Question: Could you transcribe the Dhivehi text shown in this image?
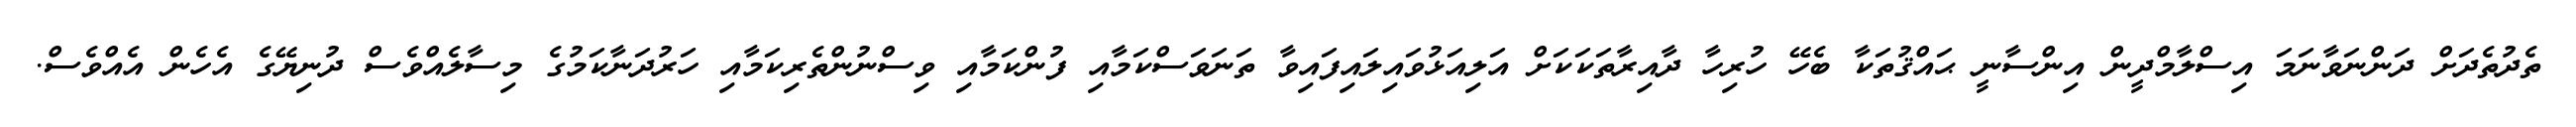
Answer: ތެދުތެދަށް ދަންނަވާނަމަ އިސްލާމްދީން އިންސާނީ ޙައްޤުތަކާ ބެހޭ ހުރިހާ ދާއިރާތަކަކަށް އަލިއަޅުވައިލައިފައިވާ ތަނަވަސްކަމާއި ފުންކަމާއި ވިސްނުންތެރިކަމާއި ހަރުދަނާކަމުގެ މިސާލެއްވެސް ދުނިޔޭގެ އެހެން އެއްވެސް.